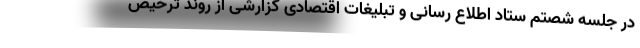
در جلسه شصتم ستاد اطلاع رسانی و تبلیغات اقتصادی گزارشی از روند ترخیص